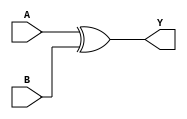
module behavioral_subtractor (
    input A,
    input B,
    output Y
);

assign Y = A ^ B; // XOR gate for subtraction operation

endmodule